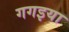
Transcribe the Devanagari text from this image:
गगइया